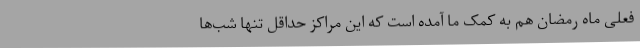
فعلی ماه رمضان هم به کمک ما آمده است که این مراکز حداقل تنها شب‌ها